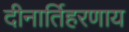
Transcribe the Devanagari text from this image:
दीनार्तिहरणाय